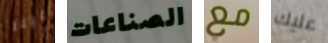
علينا الصناعات مع عليك